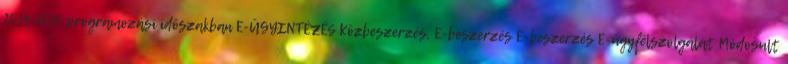
2014-2020 programozási időszakban E-ÜGYINTÉZÉS Közbeszerzés, E-beszerzés E-beszerzés E-ügyfélszolgálat Módosult